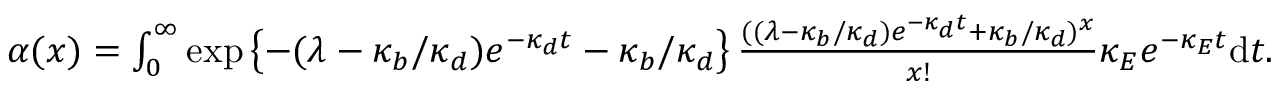
\begin{array} { r } { \alpha ( x ) = \int _ { 0 } ^ { \infty } \exp \left\{ - ( \lambda - \kappa _ { b } / \kappa _ { d } ) e ^ { - \kappa _ { d } t } - \kappa _ { b } / \kappa _ { d } \right\} \frac { ( ( \lambda - \kappa _ { b } / \kappa _ { d } ) e ^ { - \kappa _ { d } t } + \kappa _ { b } / \kappa _ { d } ) ^ { x } } { x ! } \kappa _ { E } e ^ { - \kappa _ { E } t } \mathrm d t . } \end{array}